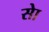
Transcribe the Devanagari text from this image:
सेा